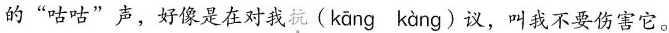
的”咕咕”声，好像是在对我抗(kāng kàng)议，叫我不要伤害它。